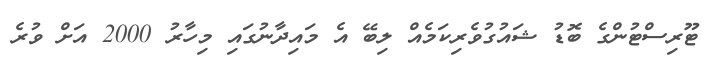
ޓޫރިސްޓުންގެ ބޮޑު ޝައުގުވެރިކަމެއް ލިބޭ އެ މައިދާނުގައި މިހާރު 2000 އަށް ވުރެ